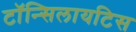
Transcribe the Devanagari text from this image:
टॉन्सिलायटिस